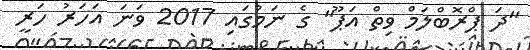
"ދަ ޕްރޮބްލަމް ވިތް އަޕޫ" ގެ ނަމުގައި 2017 ވަނަ އަހަރު ހަރީ